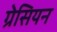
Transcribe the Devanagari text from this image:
ग्रेसियन